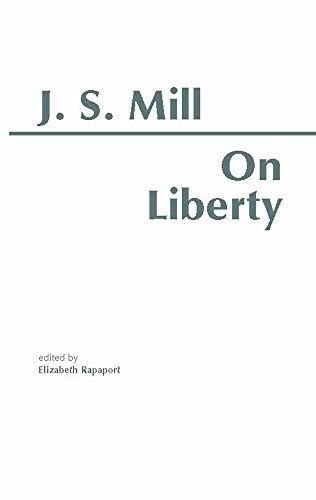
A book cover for On Liberty (HPC Classics Series); John Stuart Mill; Law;